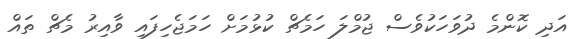
އަދި ކޮންމެ ދުވަހަކުވެސް ޖުމްލަ ހަމެޗް ކުޅުމަށް ހަމަޖެހިފައި ވާއިރު މެޗް ތައް